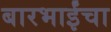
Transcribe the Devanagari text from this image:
बारभाईंचा